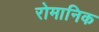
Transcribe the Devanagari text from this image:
रोमानिक